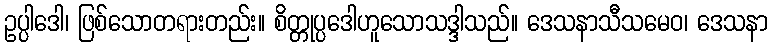
ဥပ္ပါဒေါ၊ ဖြစ်သောတရားတည်း။ စိတ္တုပ္ပဒေါဟူသောသဒ္ဒါသည်။ ဒေသနာသီသမေဝ၊ ဒေသနာ